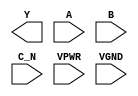
module sky130_fd_sc_hs__nor3b (
    Y   ,
    A   ,
    B   ,
    C_N ,
    VPWR,
    VGND
);

    output Y   ;
    input  A   ;
    input  B   ;
    input  C_N ;
    input  VPWR;
    input  VGND;
endmodule